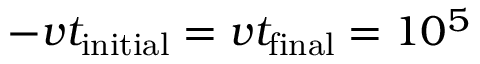
- v t _ { \mathrm { i n i t i a l } } = v t _ { \mathrm { f i n a l } } = 1 0 ^ { 5 }